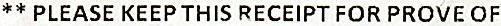
** PLEASE KEEP THIS RECEIPT FOR PROVE OF